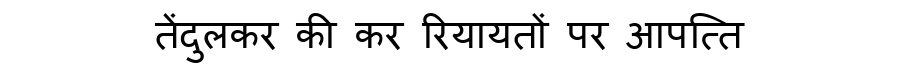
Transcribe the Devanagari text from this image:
तेंदुलकर की कर रियायतों पर आपत्ति